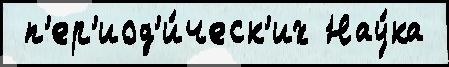
 п'ер'иод'и́ческ'их Нау́ка